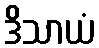
ဒိသာယံ